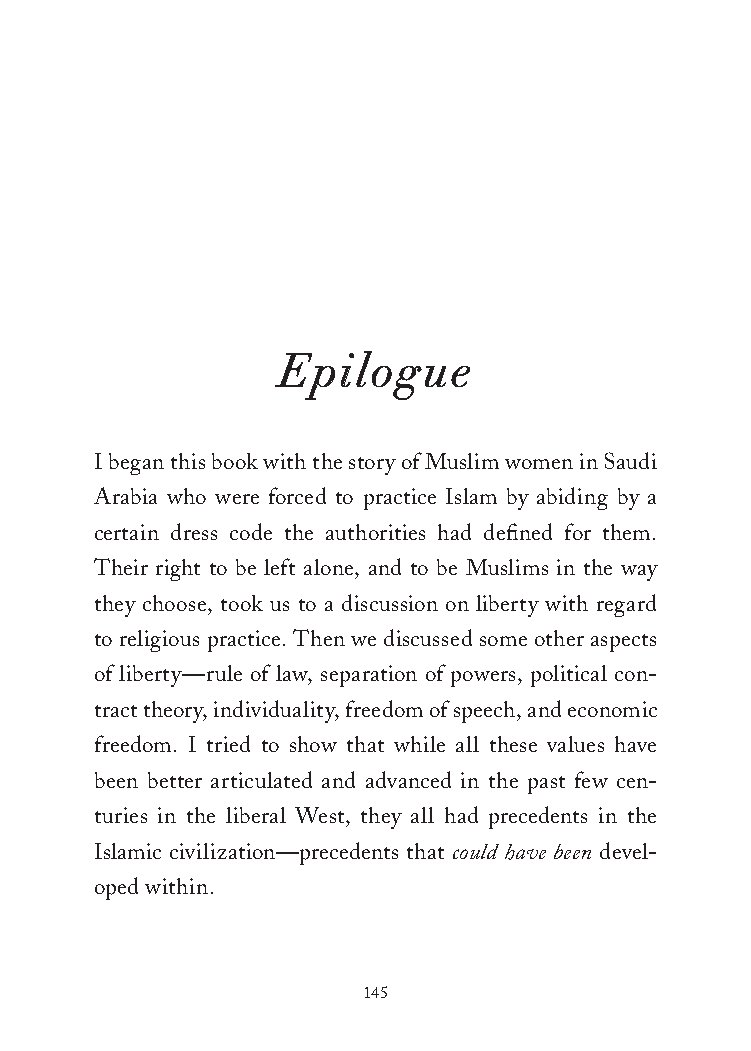
Epilogue
 I began this book with the story of Muslim women in Saudi
 Arabia who were forced to practice Islam by abiding by a
 certain dress code the authorities had defined for them.
 Their right to be left alone, and to be Muslims in the way
 they choose, took us to a discussion on liberty with regard
 to religious practice. Then we discussed some other aspects
 of liberty—rule of law, separation of powers, political con-
 tract theory, individuality, freedom of speech, and economic
 freedom. I tried to show that while all these values have
 been better articulated and advanced in the past few cen-
 turies in the liberal West, they all had precedents in the
 Islamic civilization—precedents that could have been devel-
 oped within.
 145
 25320_Ch09_Epilogue.indd 145            24/06/2021 9:38 AM